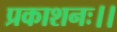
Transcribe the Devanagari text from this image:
प्रकाशनः।।